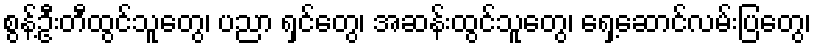
စွန့်ဦးတီထွင်သူတွေ၊ ပညာ ရှင်တွေ၊ အဆန်းထွင်သူတွေ၊ ရှေ့ဆောင်လမ်းပြတွေ၊